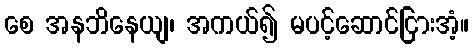
စေ အနဘိနေယျ၊ အကယ်၍ မပင့်ဆောင်ငြားအံ့။